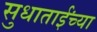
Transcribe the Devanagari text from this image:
सुधाताईंच्या